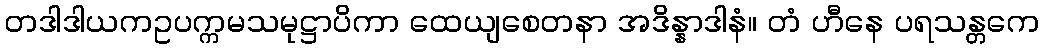
တဒါဒါယကဥပက္ကမသမုဋ္ဌာပိကာ ထေယျစေတနာ အဒိန္နာဒါနံ။ တံ ဟီနေ ပရသန္တကေ